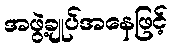
အဖွဲ့ချုပ်အနေဖြင့်